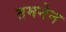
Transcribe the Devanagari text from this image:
तमनेन